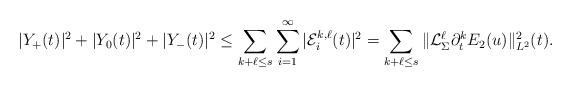
LaTeX: \begin{align*} |Y_+(t)|^2+|Y_0(t)|^2+|Y_-(t)|^2 &\leq \sum_{k+\ell\leq s}\sum_{i=1}^\infty |\mathcal{E}^{k,\ell}_i(t)|^2 = \sum_{k+\ell\leq s} \| \mathcal{L}_{\Sigma}^{\ell}\partial^{k}_t E_2(u) \|_{L^2}^2(t).\end{align*}